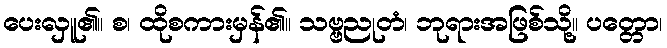
ပေးလှူ၏။ စ၊ ထိုစကားမှန်၏။ သဗ္ဗညုတံ၊ ဘုရားအဖြစ်သို့။ ပတ္တော၊